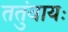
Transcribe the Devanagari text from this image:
ततुंवायः